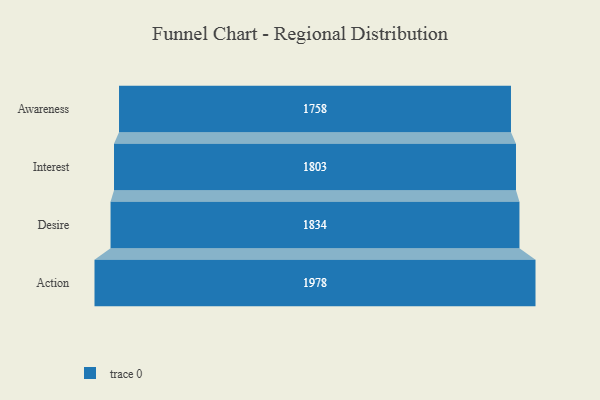
{"axis": {"x": "Stage", "y": "Value"}, "legend": [""], "data": [{"x": "Awareness", "y": 1758.0, "type": ""}, {"x": "Interest", "y": 1803.0, "type": ""}, {"x": "Desire", "y": 1834.0, "type": ""}, {"x": "Action", "y": 1978.0, "type": ""}]}